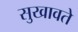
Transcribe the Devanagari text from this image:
सुखावते